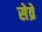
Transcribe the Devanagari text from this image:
सेव्रे